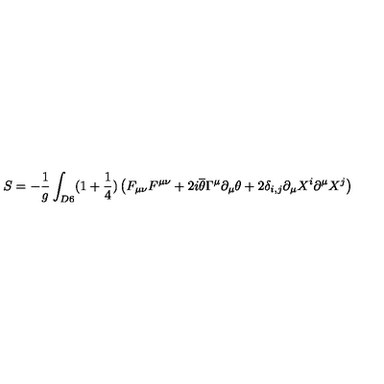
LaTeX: S = - \frac { 1 } { g } \int _ { D 6 } ( 1 + \frac { 1 } { 4 } ) \left( F _ { \mu \nu } F ^ { \mu \nu } + 2 i \overline { { \theta } } \Gamma ^ { \mu } \partial _ { \mu } \theta + 2 \delta _ { i , j } \partial _ { \mu } X ^ { i } \partial ^ { \mu } X ^ { j } \right)